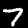
Digit: 7